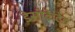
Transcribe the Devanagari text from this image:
डेसीकेटेड